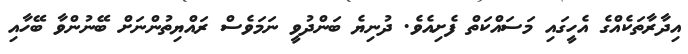
އިދާރާތަކެއްގެ އެހީގައި މަސައްކަތް ފެށިއެވެ. ދުނިޔެ ބަންދުވީ ނަމަވެސް ރައްޔިތުންނަށް ބޭނުންވާ ބޭހާއި